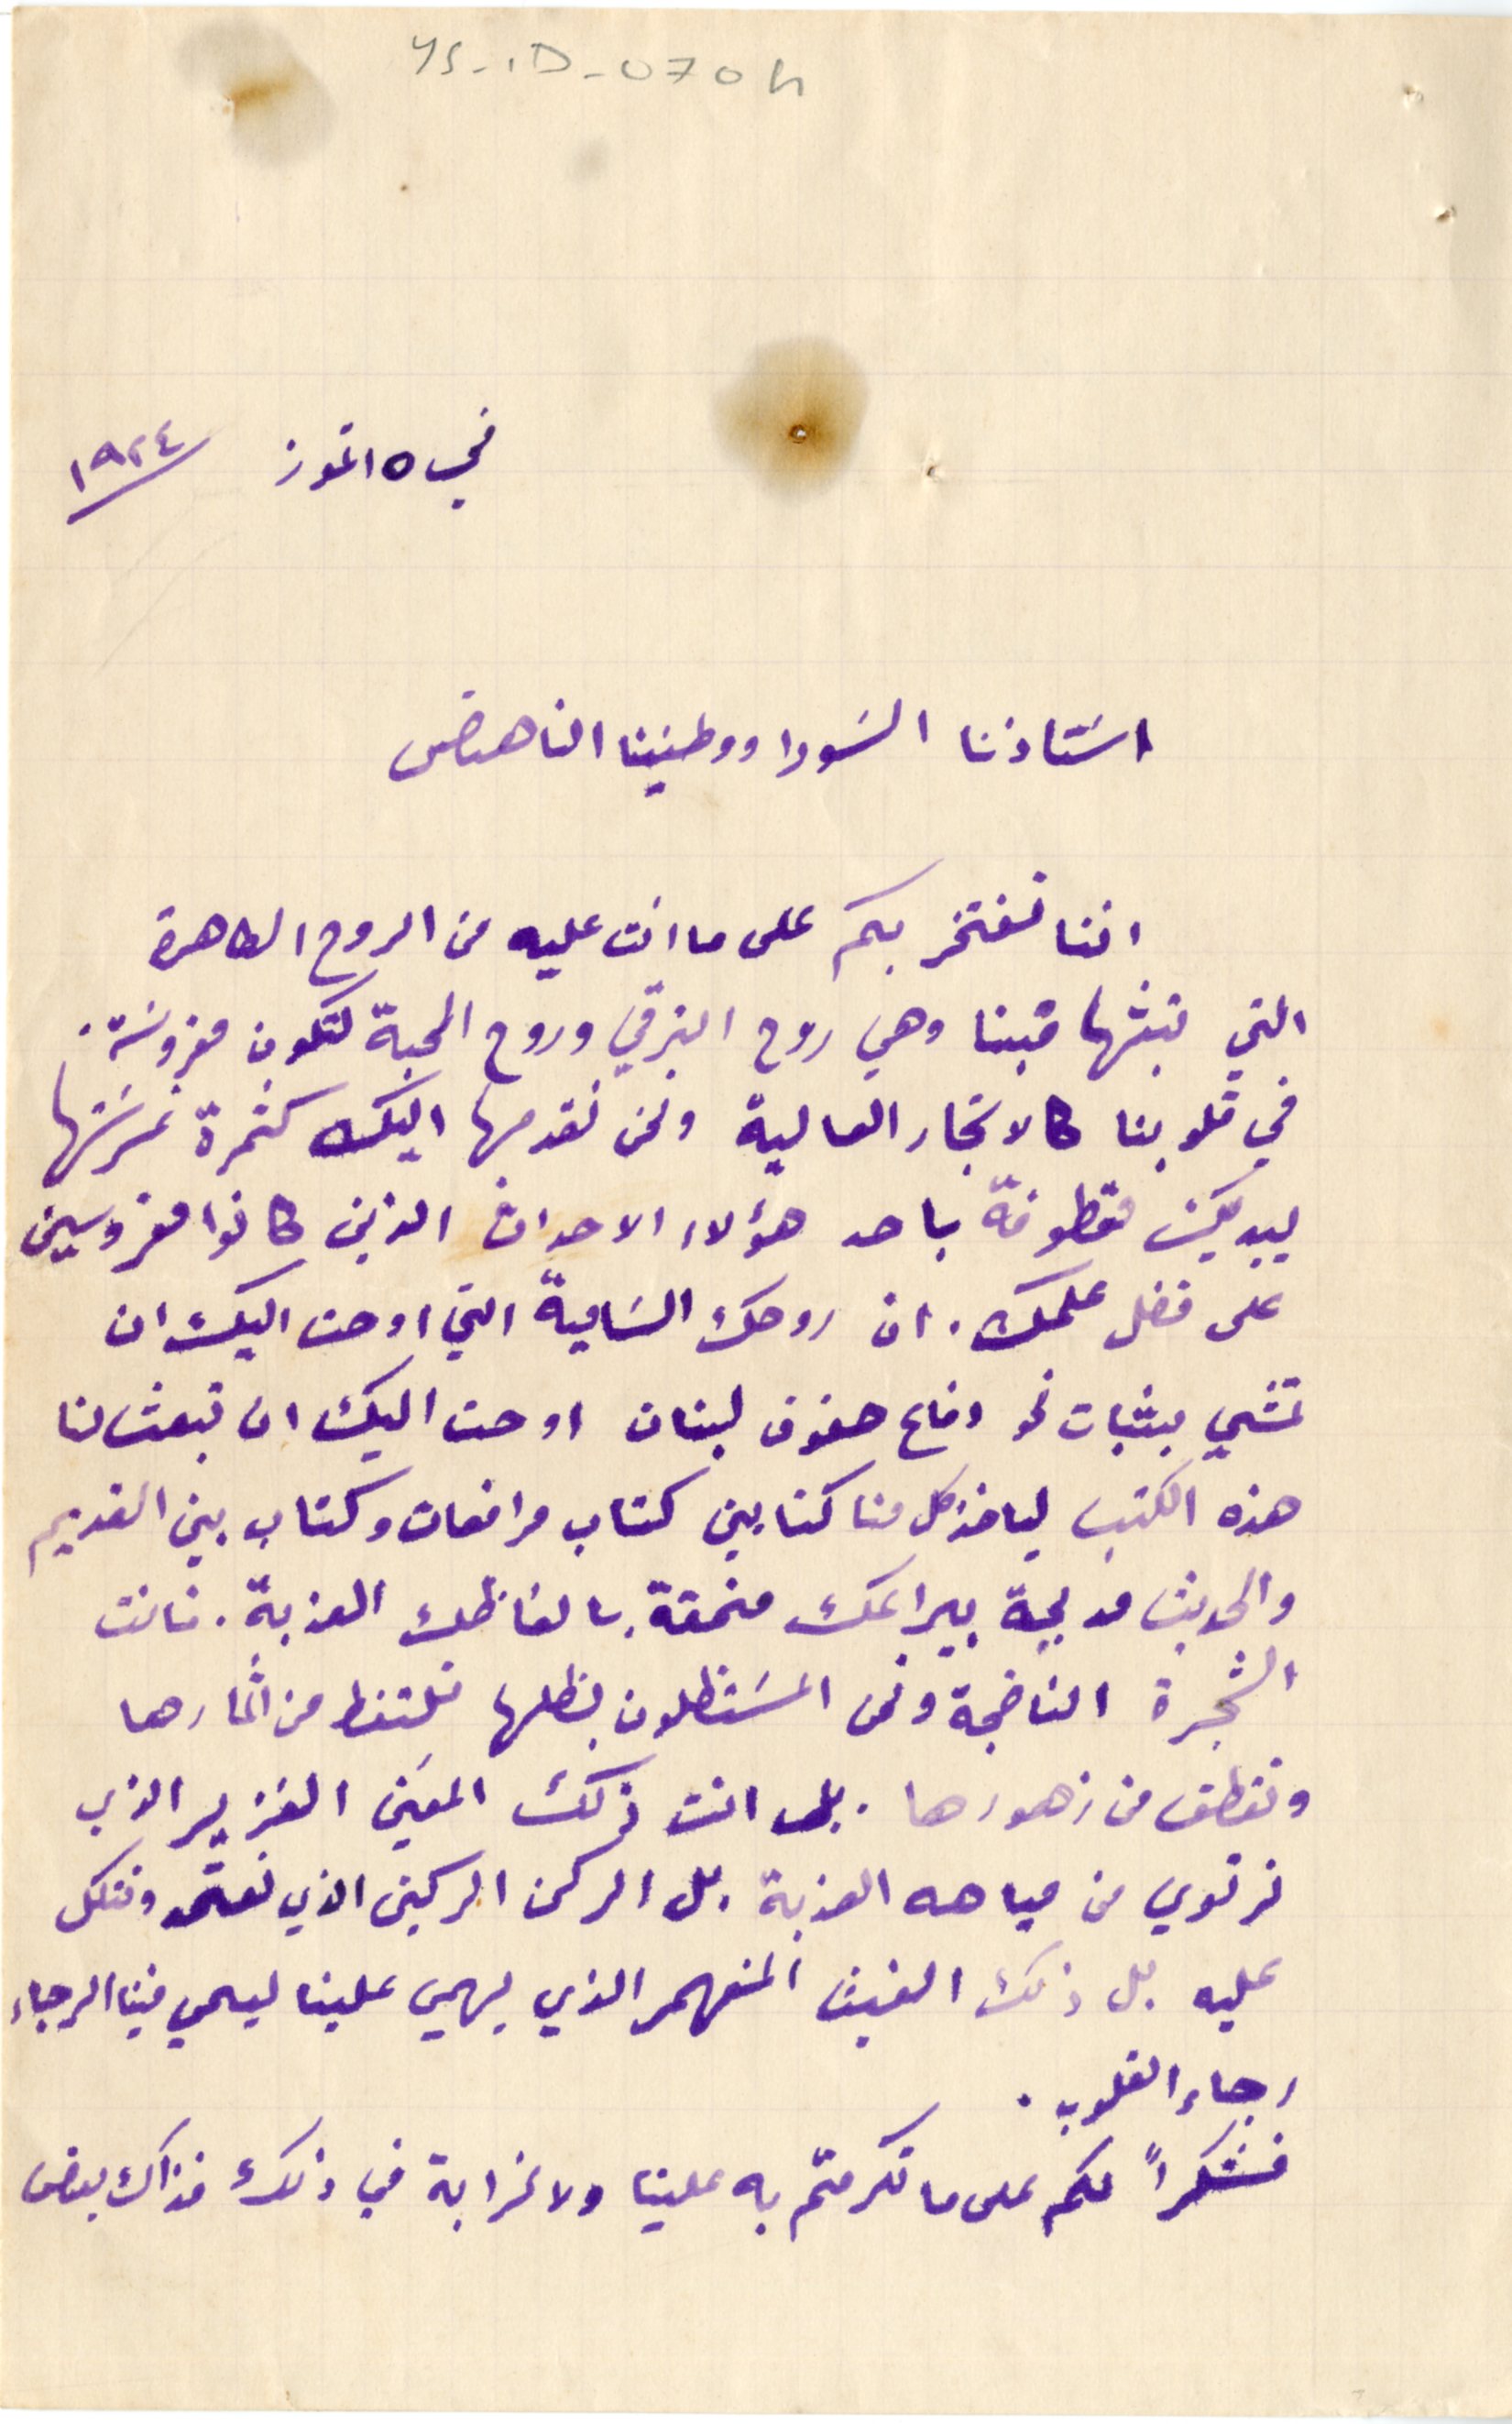
YS - 1D - 070h
في ١٥ تموز ١٩٢٤
استاذنا السَودا ووطنينا الناهض
اننا نفتخر بكم على ما انت عليه من الروح الطاهرة
التي تبثها فينا وهي روح الترقي وروح المحبة لتكون مغروسة.
في قلوبنا كالاشجار العالية ونحن نقدمها اليك كثمرة غرسَتها
بيديك مقطوفة باحد هؤلاء الاحداث الذين كانو مغروسين
على فضل علمك. ان روحك السَامية التي اوحت اليك ان
تمشي بثبات نحو دفاع حقوق لبنان اوحت اليك ان تبعث لنا
هذه الكتب لياخذ كل منا كتابين كتاب مرافعات وكتاب بين القديم
والحديث مدبجة بيراعك منمقة بالفاظك العذبة. فانت
الشجرة الناضجة ونحن المسَتظلون بظلها نلتقط من اثمارها
ونقطف من زهورها. بل انت ذلك المعين الغزير الذي
نرتوي من مياهه العذبة بل الركن الركين الذي نعتمد ونتكل
عليه بل ذلك الغيث المنهمر الذي يهمي علينا ليحي فينا الرجاء
فشكراً لكم على ما تكرمتم به علينا ولا غرابة في ذلك فذاك بعض
رجاء القلوب